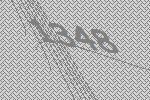
1348